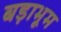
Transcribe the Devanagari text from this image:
बड़ाभूम